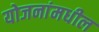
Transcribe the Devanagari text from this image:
योजनांमधील